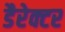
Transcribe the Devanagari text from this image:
डैरेक्टर